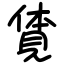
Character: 𧡊